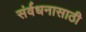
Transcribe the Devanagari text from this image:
संर्वधनासाठी